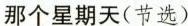
那个星期天(节选)